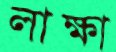
লাক্ষা